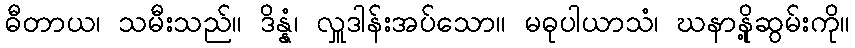
ဓီတာယ၊ သမီးသည်။ ဒိန္နံ၊ လှူဒါန်းအပ်သော။ မဓုပါယာသံ၊ ဃနာနို့ဆွမ်းကို။